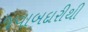
જવાબદારીથી